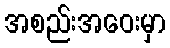
အစည်းအဝေးမှာ